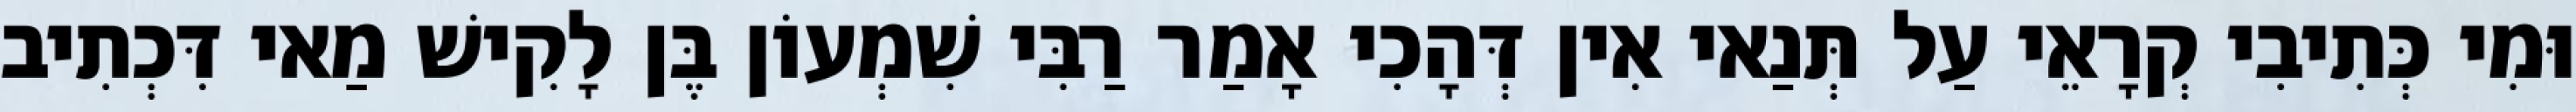
וּמִי כְּתִיבִי קְרָאֵי עַל תְּנַאי אִין דְּהָכִי אָמַר רַבִּי שִׁמְעוֹן בֶּן לָקִישׁ מַאי דִּכְתִיב